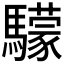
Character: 𩦺